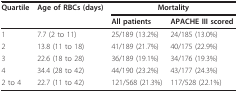
<table><thead><tr><td><b>Quartile</b></td><td><b>Age of RBCs (days)</b></td><td colspan="2"><b>Mortality</b></td></tr><tr><td></td><td></td><td><b>All patients</b></td><td><b>APACHE III scored</b></td></tr></thead><tbody><tr><td>1</td><td>7.7 (2 to 11)</td><td>25/189 (13.2%)</td><td>24/185 (13.0%)</td></tr><tr><td>2</td><td>13.8 (11 to 18)</td><td>41/189 (21.7%)</td><td>40/175 (22.9%)</td></tr><tr><td>3</td><td>22.6 (18 to 28)</td><td>36/189 (19.1%)</td><td>34/176 (19.3%)</td></tr><tr><td>4</td><td>34.4 (28 to 42)</td><td>44/190 (23.2%)</td><td>43/177 (24.3%)</td></tr><tr><td>2 to 4</td><td>22.7 (11 to 42)</td><td>121/568 (21.3%)</td><td>117/528 (22.1%)</td></tr></tbody></table>